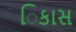
િકાસ